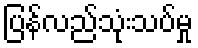
ပြန်လည်သုံးသပ်မှု